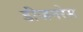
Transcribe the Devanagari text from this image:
डीजनरेस